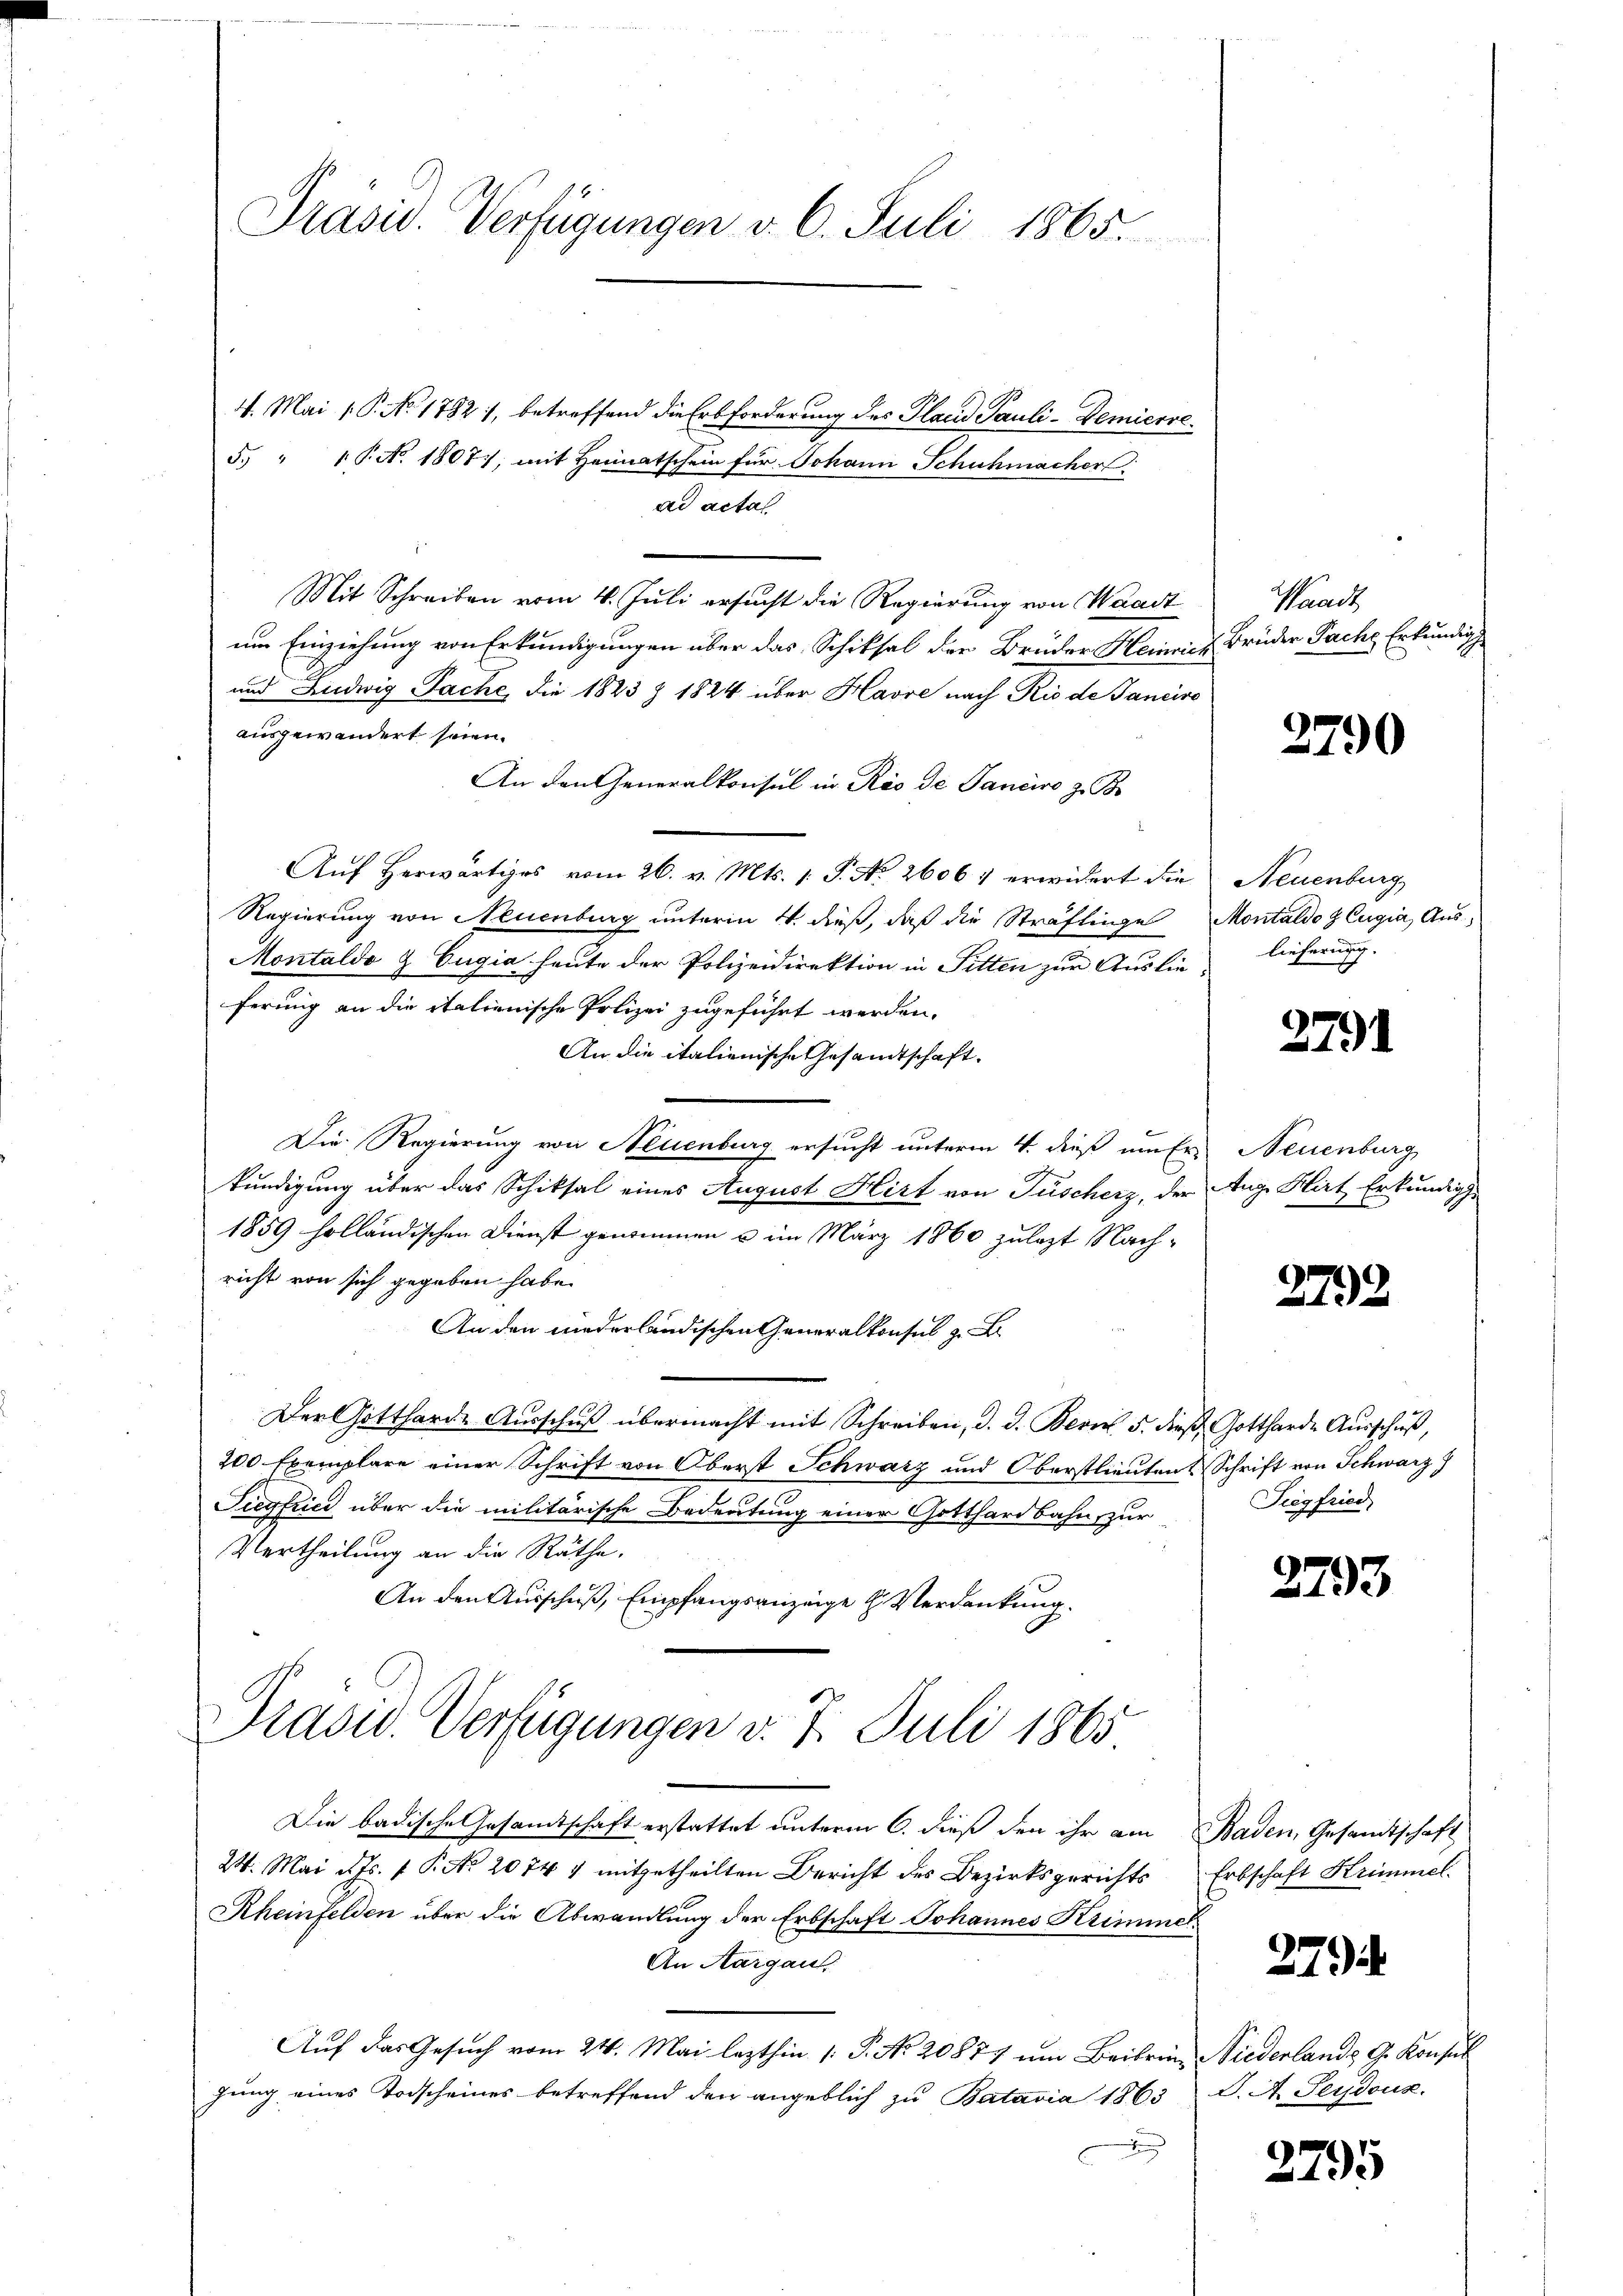
Präsid. Verfügungen v. 6. Juli 1865.

4. Mai 1 P. No 1792, betreffend die Erbforderung des Placid Pauli-Demierre¬
5. "  P. No. 18077, mit Heimatschein für Johann Schuhmacher
ad acta
Mit Schreiben vom 4. Juli ersucht die Regierung von Waadt
um Einziehung von Erkundigungen über das Schiksal der Brüder Heinrich
und Ludwig Fache, die 1823 Z 1824 über Havre nach Rio de Janeiro
ausgewandert seien.
An den Generalkonsul in Rio de Janeiro z. B
Auf Herwärtiges vom 26. v. Mts. 1. P. No 26061 erwidert die
Regierung von Neuenburg unterm 4. dieß, daß die Sträflinge
Montaldo & Eugia heute der Polizeidirektion in Fitten zur Auslieferung an die italienische Polizei zugeführt werden.
An die italienische Gesandtschaft.
Die Regierung von Neuenburg ersucht unterm 4. dieß um fr. Neuenburg
kundigung über das Schiksal eines August Hirt von Füscherz, der
1859 holländischen Dienst genommen u im März 1860 zulezt Nachricht von sich gegeben habe.
An den niederländischen Generalkonsul zu
u
Der Gottharde Aŭsschŭβ übermacht mit Schreiben, d. d. Bern 5. dieß Gottharde Ausschuß,
200 Exemplare einer Schrift von Oberst Schwarz und Oberstlieuten & Schrift von Schwarz)
Tiegfried über die militärische Bedeutung einer Gotthardbahn, zur
Vertheilung an die Räthe.
An den Ausschuß, Empfangsanzeige H. Verdankung.
Präsid. Verfügungen v. 7. Juli 1865
Die badische Gesandtschaft erstattet unterm 6. dieß den ihr am Baden, Gesandtschaft
24. Mai d. Js. 1 P. Nr. 2074 1 mitgetheilten Bericht des Bezirksgerichts Erbschaft Krimmel
Rheinfelden über die Abwandlung der Erbschaft Johannes Krimmer
An Aargau.
Auf das Gesuch vom 24. Mai lezthin 1. P. Nr. 20877 um Beibring Niederlands G. Konsul
gung eines Todscheines betreffend den angeblich zu Batavia 1863 J. A. Leydouz.
x

Waadt
Brüder Pache Erkundig

2790

Neuenburg,
Montaldo H. Eugia, Auslieferung.

2791

Auge Hirt Erkundig

2792

Siegfried,

2793

279)

2795